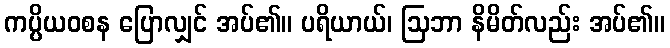
ကပ္ပိယဝစန ပြောလျှင် အပ်၏။ ပရိယာယ်၊ ဩဘာ နိမိတ်လည်း အပ်၏။